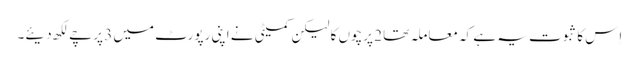
اِس کا ثبوت یہ ہے کہ معاملہ تھا 2 پرچوں کا لیکن کمیٹی نے اپنی رپورٹ میں 3 پرچے لکھ دیئے۔